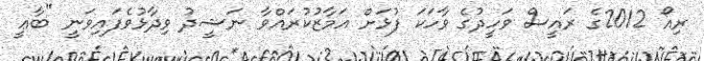
ރިއޯ 2012ގެ ރައީސް ވަހީދުގެ ވާހަކަ ފުޅަށް އަމާޒުކުރައްވާ ނަޝީދު ވިދާޅުވެފައިވަނީ "ބާޢީ